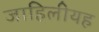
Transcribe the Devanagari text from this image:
जाहिलीयह